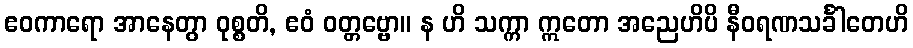
ဧဝကာရော အာနေတွာ ဝုစ္စတိ, ဧဝံ ဝတ္တဗ္ဗော။ န ဟိ သက္ကာ ဣတော အညေဟိပိ နီဝရဏသင်္ခါတေဟိ